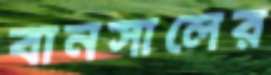
বানসালের